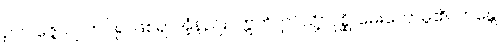
ဥပပဇ္ဇေယျ၊ ကပ်၍ ဖြစ်ရာအံ့နည်း။ ဣတိ၊ ဤသို့။ ပုစ္ဆိ၊ မေးတော်မူ၏။ ဘန္တေ၊